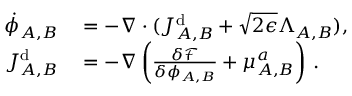
\begin{array} { r l } { \dot { \phi } _ { A , B } } & { { } = - \nabla \cdot ( J _ { A , B } ^ { \mathrm { d } } + \sqrt { 2 \epsilon } \Lambda _ { A , B } ) , } \\ { J _ { A , B } ^ { \mathrm { d } } } & { { } = - \nabla \left( \frac { \delta \mathcal { F } } { \delta \phi _ { A , B } } + \mu _ { A , B } ^ { a } \right) \, . } \end{array}